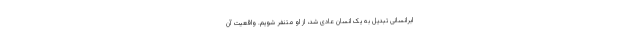
ابرانسانی تبدیل به یک انسانِ عادی شد، از او متنفر شویم. واقعیت آن